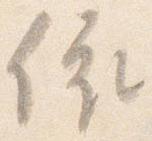
依